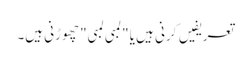
تعریفیں کرنی ہیں یا "لمبی لمبی" چھوڑنی ہیں۔